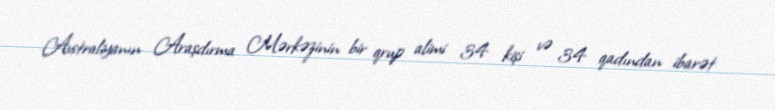
Avstraliyanın Araşdırma Mərkəzinin bir qrup alimi 34 kişi və 34 qadından ibarət